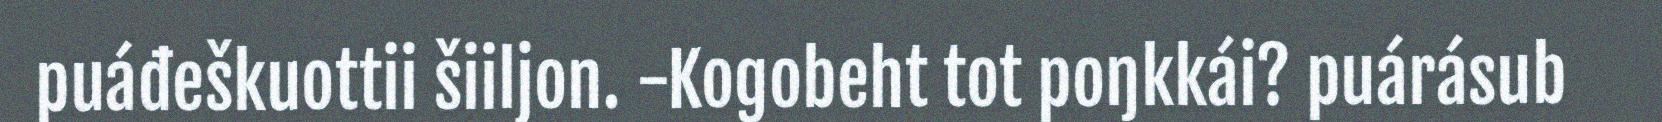
puáđeškuottii šiiljon. -Kogobeht tot poŋkkái? puárásub